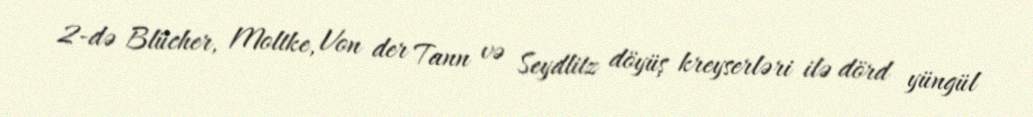
2-də Blücher, Moltke, Von der Tann və Seydlitz döyüş kreyserləri ilə dörd yüngül